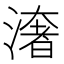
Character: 㵔